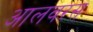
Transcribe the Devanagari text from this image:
आलवरस